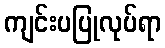
ကျင်းပပြုလုပ်ရာ